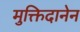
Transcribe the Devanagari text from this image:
मुक्तिदानेन